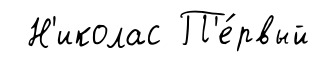
Н'иколас П'е́рвый